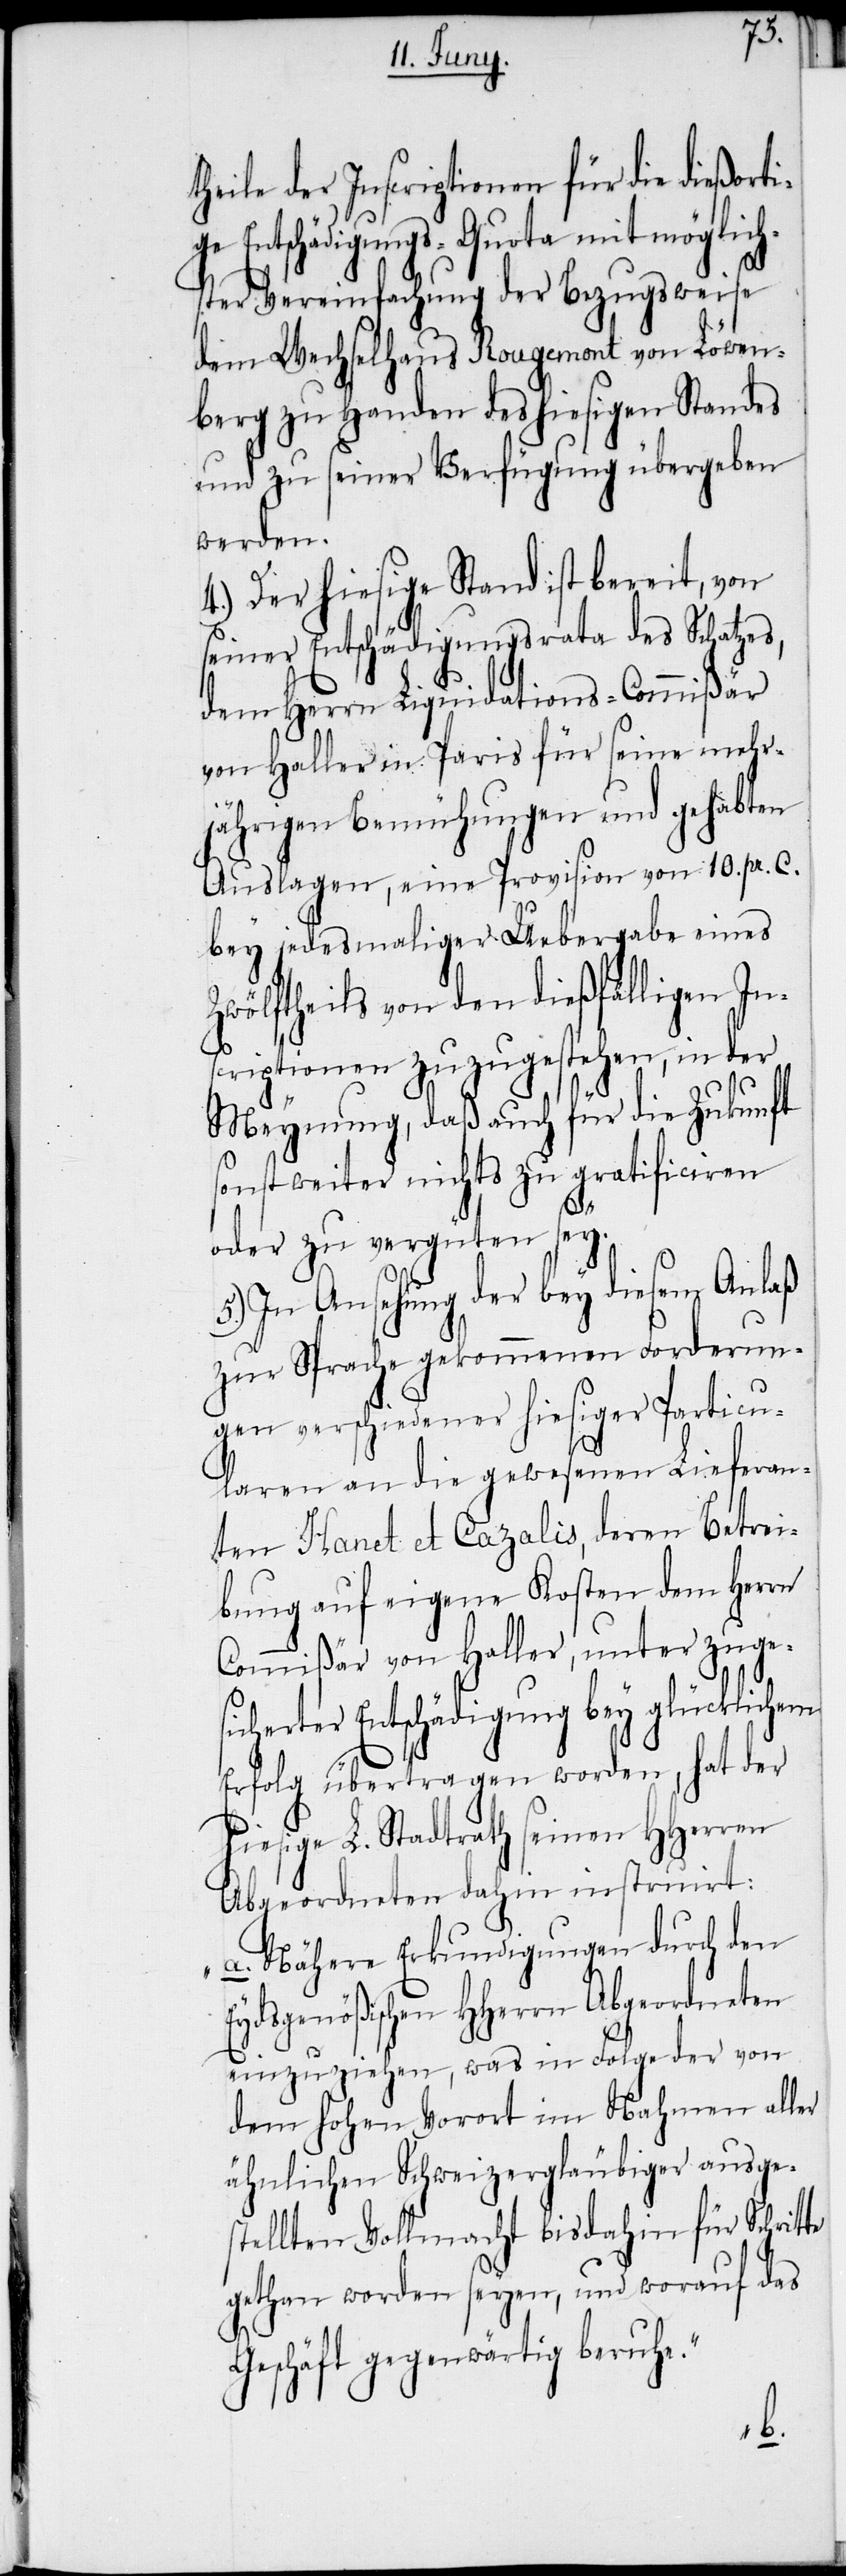
heile der Inscriptionen für die dießorti¬
Entschädigungs-Quota mit möglich¬
ster Vereinfachung der Bezugsweise
dem Wechselhaus Rougemont von Löwen¬
berg zu Handen des hiesigen Standes
und zu seiner Verfügung übergeben
werden.
4.) Der hiesige Stand ist bereit, von
seiner Entschädigungsrata des Schatzes,
dem Herrn Liquidations-Commißär
von Haller in Paris für seine mehr¬
jährigen Bemühungen und gehabten
Auslagen, eine Provision von 10. pr. C.
bey jedesmaliger Uebergabe eines
Zwölftheils von den dießfälligen In¬
scriptionen zuzugestehen, in der
Meynung, daß auch für die Zukunft
sonst weiter nichts zu gratificiren
oder zu vergüten sey.
5.) In Ansehung der bey diesem Anlaß
zur Sprache gekommenen Forderun¬
gen verschiedener hiesiger Particu¬
laren an die gewesenen Lieferan¬
ten Hanet et Cazalis, deren Betrei¬
bung auf eigene Kosten dem Herrn
Commißär von Haller, unter zuges¬
icherter Entschädigung bey glücklichem
Erfolg übertragen worden, hat der
hiesige L. Stadtrath seinen HHerren
Abgeordneten dahin instruirt:
„a. Nähere Erkundigungen durch den
ydsgenößischen HHerrn Abgeordneten
einzuziehen, was in Folge der von
dem hohen Vorort im Nahmen aller
ähnlichen Schweizergläubiger ausge¬
stellten Vollmacht bisdahin für Schritte
gethan worden seyen, und worauf das
Geschäft gegenwärtig beruhe.“
E¬